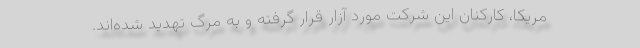
مریکا، کارکنان این شرکت مورد آزار قرار گرفته و به مرگ تهدید شده‌اند.